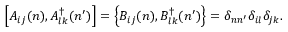
\left[ A _ { i j } ( n ) , A _ { l k } ^ { \dag } ( n ^ { \prime } ) \right] = \left\{ B _ { i j } ( n ) , B _ { l k } ^ { \dag } ( n ^ { \prime } ) \right\} = \delta _ { n n ^ { \prime } } \delta _ { i l } \delta _ { j k } .